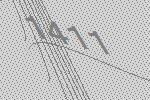
1411